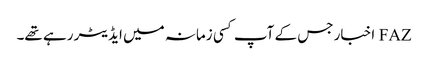
FAZ اخبار جس کے آپ کسی زمانہ میں ایڈیٹر رہے تھے۔